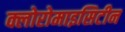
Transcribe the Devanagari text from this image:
क्लोरोमाइसिटीन